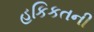
હકિકતની